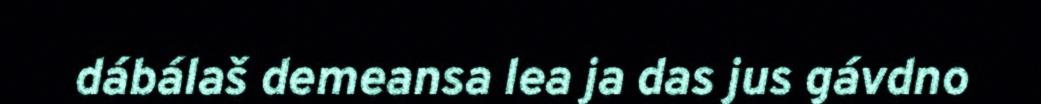
dábálaš demeansa lea ja das jus gávdno